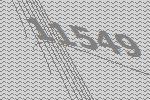
11549